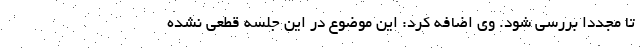
تا مجدداً بررسی شود. وی اضافه کرد: این موضوع در این جلسه قطعی نشده